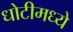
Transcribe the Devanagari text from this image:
धोटीमध्ये